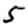
Digit: 5